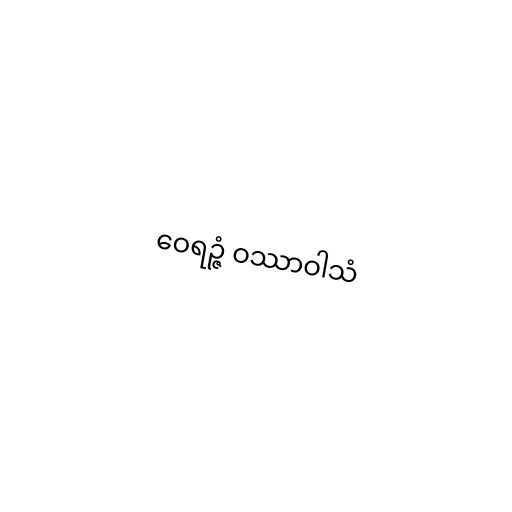
ဝေရဉ္ဇံ ဝဿာဝါသံ